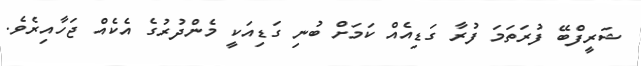
ޝަރީފްބޭ ފުރަތަމަ ފުރާ ގަޑިއެއް ކަމަށް ބުނި ގަޑިއަކީ މެންދުރުގެ އެކެއް ޖަހާއިރެވެ.